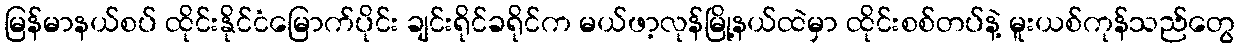
မြန်မာနယ်စပ် ထိုင်းနိုင်ငံမြောက်ပိုင်း ချင်းရိုင်ခရိုင်က မယ်ဖာ့လုန်မြို့နယ်ထဲမှာ ထိုင်းစစ်တပ်နဲ့ မူးယစ်ကုန်သည်တွေ